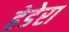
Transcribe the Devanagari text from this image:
हेडेरा